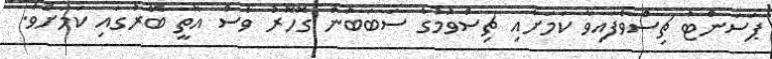
ޕަސަންޓު ޗިސްވެފައިވާ ކަމަށާއި ޗިސްވުމުގެ ސަބަބުން ގޮހޮރު ވެސް އޮތީ ބޭރުގައި ކަމަށެވެ.